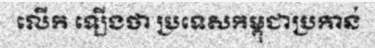
លើក ឡើងថា ប្រទេសកម្ពុជាប្រកាន់